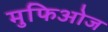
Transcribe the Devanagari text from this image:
मुफिओज